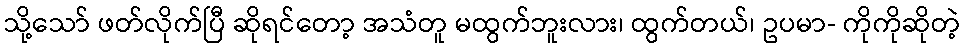
သို့သော် ဖတ်လိုက်ပြီ ဆိုရင်တော့ အသံတူ မထွက်ဘူးလား၊ ထွက်တယ်၊ ဥပမာ- ကိုကိုဆိုတဲ့